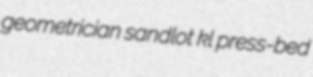
geometrician sandlot kl press-bed